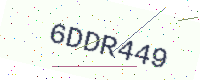
Text: 6DDR449